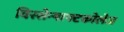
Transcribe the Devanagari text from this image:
विस्सेन्षाफ्टकोलेज